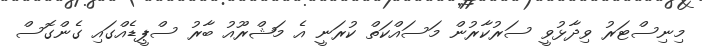
މިނިސްޓަރު ވިދާޅުވީ ސަރުކާރުން މަސައްކަތް ކުރަނީ އެ މަޝްރޫއު ބާރު ސްޕީޑެއްގައި ގެންގޮސް